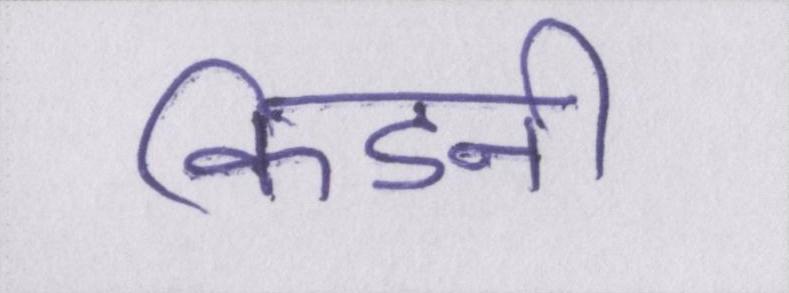
किडनी